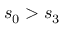
s _ { 0 } > s _ { 3 }